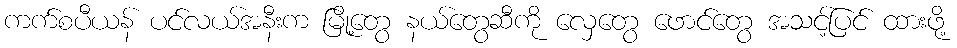
ကက်စပီယန် ပင်လယ်အနီးက မြို့တွေ နယ်တွေဆီကို လှေတွေ ဖောင်တွေ အသင့်ပြင် ထားဖို့